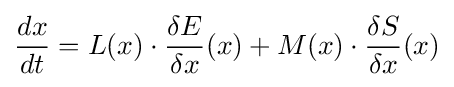
{\frac {dx}{dt}}=L(x)\cdot {\frac {\delta E}{\delta x}}(x)+M(x)\cdot {\frac {\delta S}{\delta x}}(x)